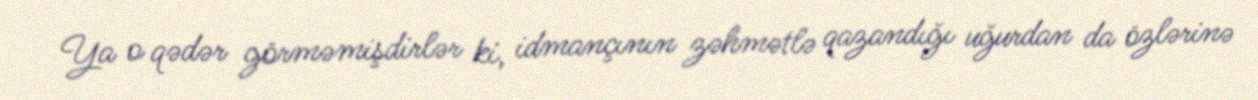
Ya o qədər görməmişdirlər ki, idmançının zəhmətlə qazandığı uğurdan da özlərinə